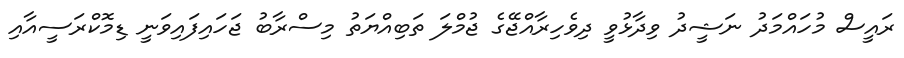
ރައީސް މުހައްމަދު ނަޝީދު ވިދާޅުވީ ދިވެހިރާއްޖޭގެ ޖުމްލަ ތަބިއްޔަތު މިސްރާބު ޖަހައިފައިވަނީ ޑިމޮކްރަސީއާއި